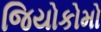
જિયોકોમો